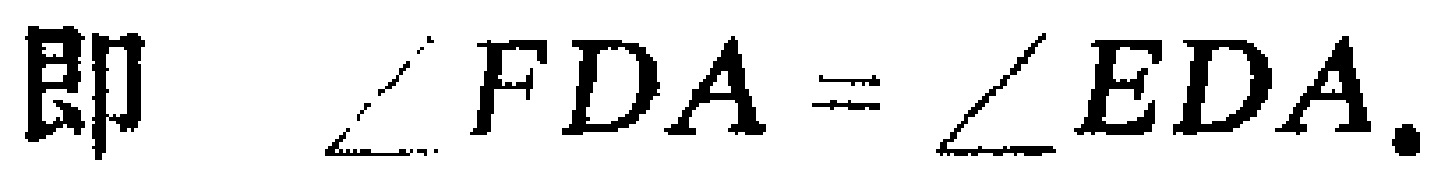
即 $\angle FDA = \angle EDA.$